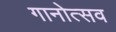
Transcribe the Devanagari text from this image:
गानोत्सव